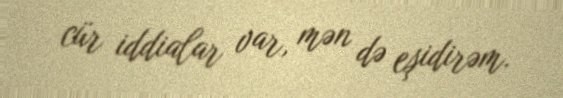
cür iddialar var, mən də eşidirəm.